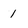
Character: 1